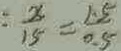
: \frac { x } { 1 5 } = \frac { 1 . 5 } { 0 . 5 }